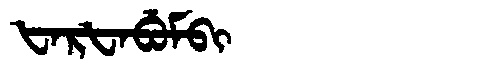
Manchu: ᡶᠠᡵᡶᠠᠪᡠᠮᠪᡳ
Romanization: FARFABUMBI